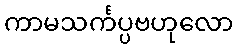
ကာမသင်္ကပ္ပဗဟုလော